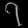
Digit: ၇